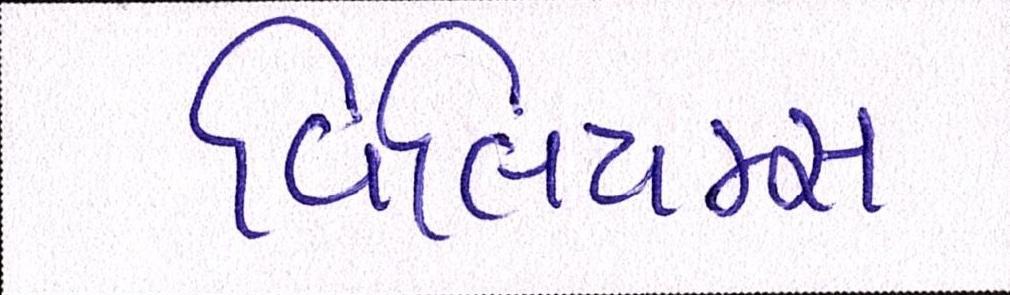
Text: વિલિયમ્સ